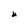
Character: U